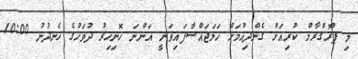
މި ޕްރޮގްރާމް ކުރިއަށް ގެންދިއުމަށް ހަމަޖައްސާފައިވަނީ އަންނަ ހޮނިހިރު ދުވަހުގެ ހެނދުނު 10:00